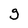
Character: g